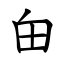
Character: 甶